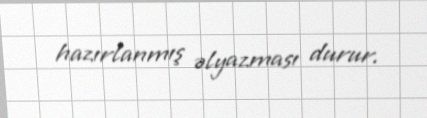
hazırlanmış əlyazması durur.